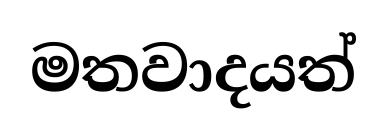
මතවාදයත්